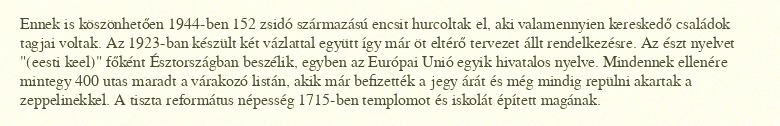
Ennek is köszönhetően 1944-ben 152 zsidó származású encsit hurcoltak el, aki valamennyien kereskedő családok tagjai voltak. Az 1923-ban készült két vázlattal együtt így már öt eltérő tervezet állt rendelkezésre. Az észt nyelvet "(eesti keel)" főként Észtországban beszélik, egyben az Európai Unió egyik hivatalos nyelve. Mindennek ellenére mintegy 400 utas maradt a várakozó listán, akik már befizették a jegy árát és még mindig repülni akartak a zeppelinekkel. A tiszta református népesség 1715-ben templomot és iskolát épített magának.